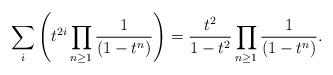
LaTeX: \begin{align*}\sum_{i} \left(t^{2i}\prod_{n\geq 1}\frac{1}{(1-t^n)}\right) = \frac{t^{2}}{1-t^{2}}\prod_{n\geq 1}\frac{1}{(1-t^n)}.\end{align*}